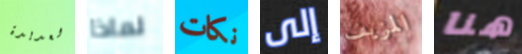
العديدة لماذا نكات إلى المزيف هنا